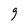
Character: 9